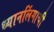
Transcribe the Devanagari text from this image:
ध्यानलिंगाची